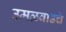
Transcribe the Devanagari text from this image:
उमळवाडचे